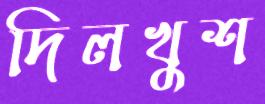
দিলখুশ